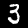
Digit: 3